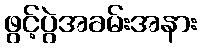
ဖွင့်ပွဲအခမ်းအနား